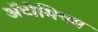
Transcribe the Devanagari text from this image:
अॅटोमियम